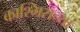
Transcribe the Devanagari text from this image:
काश्मिराच्या